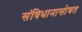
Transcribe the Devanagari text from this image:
संविधानासोबत